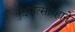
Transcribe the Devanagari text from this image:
कुझ्नेत्सोव्हाने